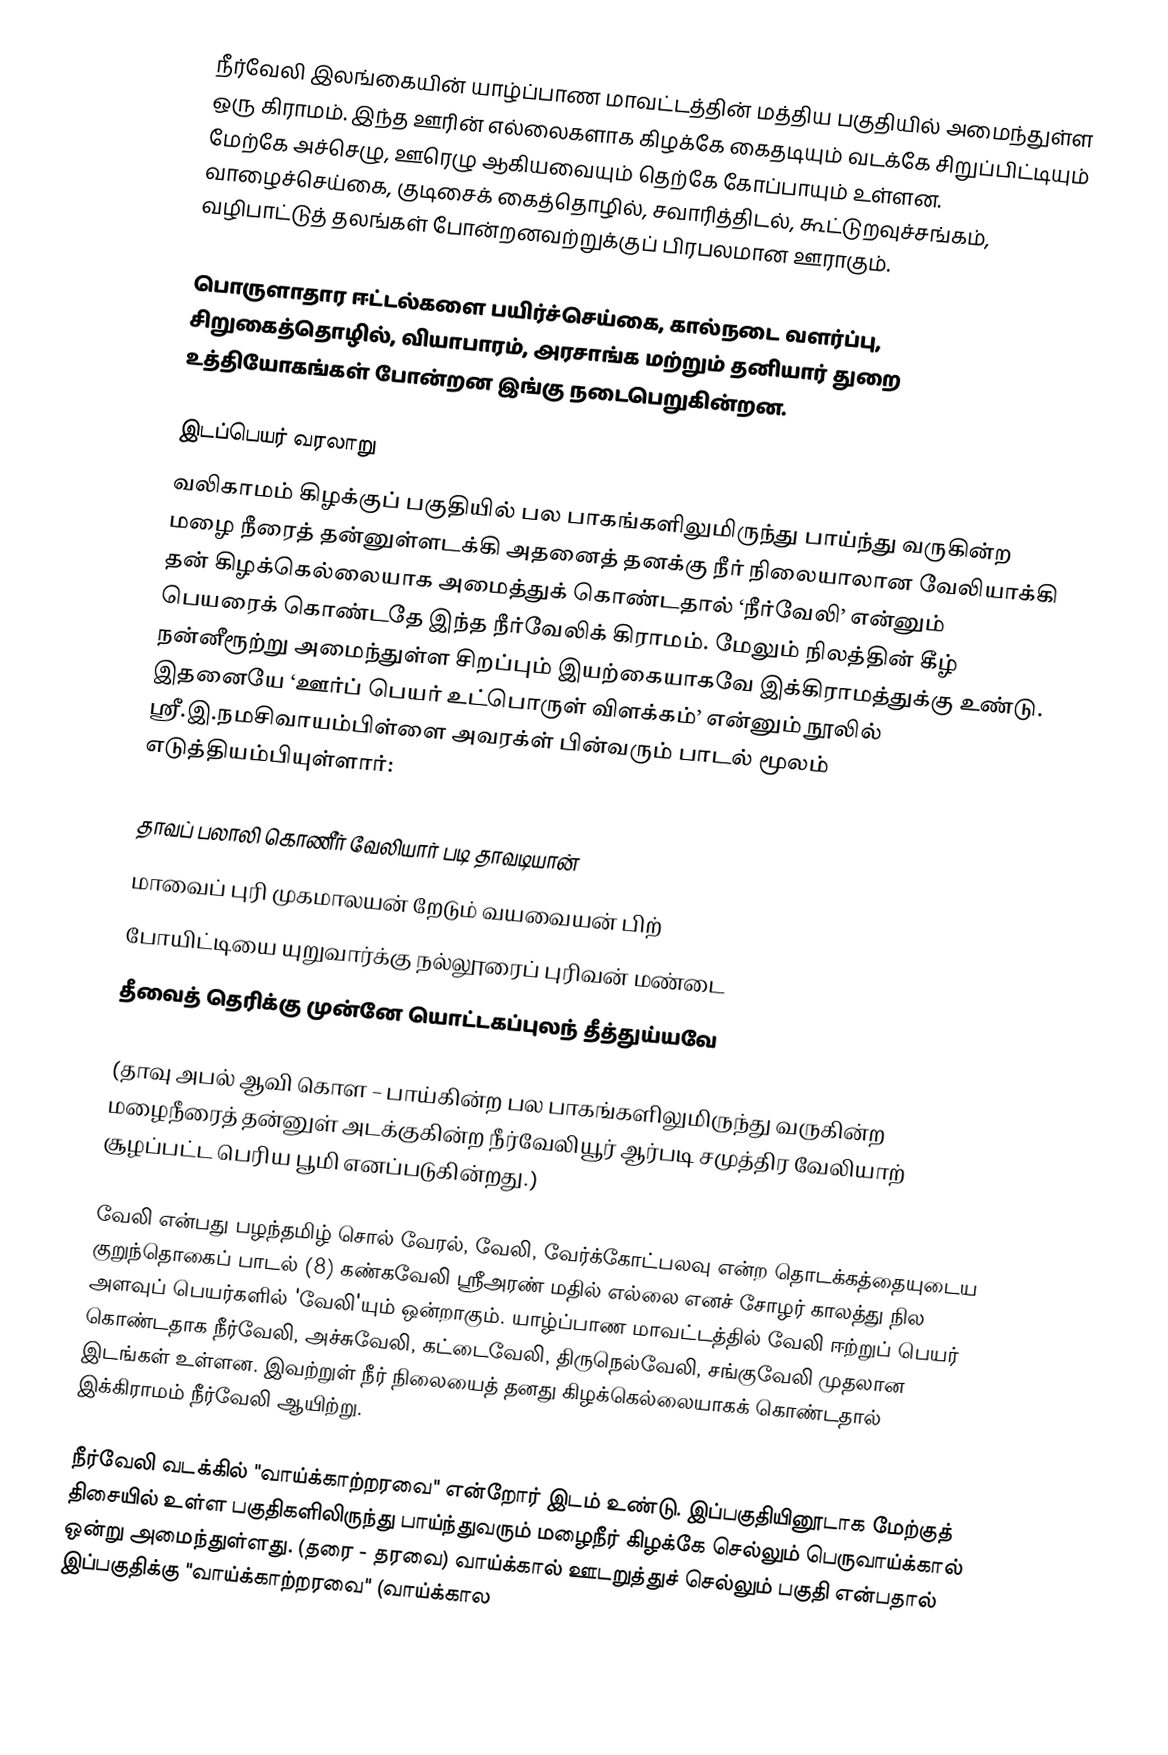
நீர்வேலி இலங்கையின் யாழ்ப்பாண மாவட்டத்தின் மத்திய பகுதியில் அமைந்துள்ள ஒரு கிராமம். இந்த ஊரின் எல்லைகளாக கிழக்கே கைதடியும் வடக்கே சிறுப்பிட்டியும் மேற்கே அச்செழு, ஊரெழு ஆகியவையும் தெற்கே கோப்பாயும் உள்ளன. வாழைச்செய்கை, குடிசைக் கைத்தொழில், சவாரித்திடல், கூட்டுறவுச்சங்கம், வழிபாட்டுத் தலங்கள் போன்றனவற்றுக்குப் பிரபலமான ஊராகும்.

பொருளாதார ஈட்டல்களை பயிர்ச்செய்கை, கால்நடை வளர்ப்பு, சிறுகைத்தொழில், வியாபாரம், அரசாங்க மற்றும் தனியார் துறை உத்தியோகங்கள் போன்றன இங்கு நடைபெறுகின்றன.

இடப்பெயர் வரலாறு
வலிகாமம் கிழக்குப் பகுதியில் பல பாகங்களிலுமிருந்து பாய்ந்து வருகின்ற மழை நீரைத் தன்னுள்ளடக்கி அதனைத் தனக்கு நீர் நிலையாலான வேலியாக்கி தன் கிழக்கெல்லையாக அமைத்துக் கொண்டதால் ‘நீர்வேலி’ என்னும் பெயரைக் கொண்டதே இந்த நீர்வேலிக் கிராமம். மேலும் நிலத்தின் கீழ் நன்னீரூற்று அமைந்துள்ள சிறப்பும் இயற்கையாகவே இக்கிராமத்துக்கு உண்டு. இதனையே ‘ஊர்ப் பெயர் உட்பொருள் விளக்கம்’ என்னும் நூலில் ஸ்ரீ.இ.நமசிவாயம்பிள்ளை அவரக்ள் பின்வரும் பாடல் மூலம் எடுத்தியம்பியுள்ளார்:

 தாவப் பலாலி கொணீர் வேலியார் படி தாவடியான்
 மாவைப் புரி முகமாலயன் றேடும் வயவையன் பிற்
 போயிட்டியை யுறுவார்க்கு நல்லூரைப் புரிவன் மண்டை
 தீவைத் தெரிக்கு முன்னே யொட்டகப்புலந் தீத்துய்யவே

(தாவு அபல் ஆவி கொள – பாய்கின்ற பல பாகங்களிலுமிருந்து வருகின்ற மழைநீரைத் தன்னுள் அடக்குகின்ற நீர்வேலியூர் ஆர்படி சமுத்திர வேலியாற் சூழப்பட்ட பெரிய பூமி எனப்படுகின்றது.)

வேலி என்பது பழந்தமிழ் சொல் வேரல், வேலி, வேர்க்கோட்பலவு என்ற தொடக்கத்தையுடைய குறுந்தொகைப் பாடல் (8) கண்கவேலி ஸ்ரீஅரண் மதில் எல்லை எனச் சோழர் காலத்து நில அளவுப் பெயர்களில் 'வேலி'யும் ஒன்றாகும். யாழ்ப்பாண மாவட்டத்தில் வேலி ஈற்றுப் பெயர் கொண்டதாக நீர்வேலி, அச்சுவேலி, கட்டைவேலி, திருநெல்வேலி, சங்குவேலி முதலான இடங்கள் உள்ளன. இவற்றுள் நீர் நிலையைத் தனது கிழக்கெல்லையாகக் கொண்டதால் இக்கிராமம் நீர்வேலி ஆயிற்று.

நீர்வேலி வடக்கில் "வாய்க்காற்றரவை" என்றோர் இடம் உண்டு. இப்பகுதியினூடாக மேற்குத் திசையில் உள்ள பகுதிகளிலிருந்து பாய்ந்துவரும் மழைநீர் கிழக்கே செல்லும் பெருவாய்க்கால் ஒன்று அமைந்துள்ளது. (தரை - தரவை) வாய்க்கால் ஊடறுத்துச் செல்லும் பகுதி என்பதால் இப்பகுதிக்கு "வாய்க்காற்றரவை" (வாய்க்கால